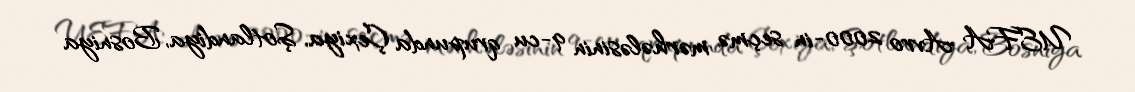
UEFA Avro 2000-in seçmə mərhələsinin 9-cu qrupunda Çexiya, Şotlandiya, Bosniya